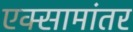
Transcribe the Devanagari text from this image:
एक्सामांतर